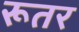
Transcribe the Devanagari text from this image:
रूतर